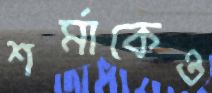
শর্মাকেও